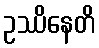
ဥဿိနေတိ